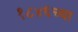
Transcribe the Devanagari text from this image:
१८४६च्या